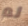
لم